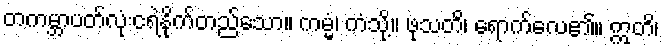
တကမ္ဘာပတ်လုံးငရဲနိုက်တည်သော။ ကမ္မံ၊ ကံသို့။ ဖုသတိ၊ ရောက်လေ၏။ ဣတိ၊